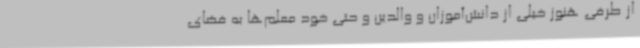
از طرفی هنوز خیلی از دانش‌آموزان و والدین و حتی خود معلم‌ها به فضای